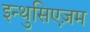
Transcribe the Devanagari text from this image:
इन्थुसिएज़म